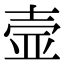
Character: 壸